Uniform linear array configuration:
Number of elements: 32
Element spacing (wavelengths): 0.25
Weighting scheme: cosine
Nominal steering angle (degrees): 30
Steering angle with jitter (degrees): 28.965
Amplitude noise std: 0.05
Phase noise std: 0.05

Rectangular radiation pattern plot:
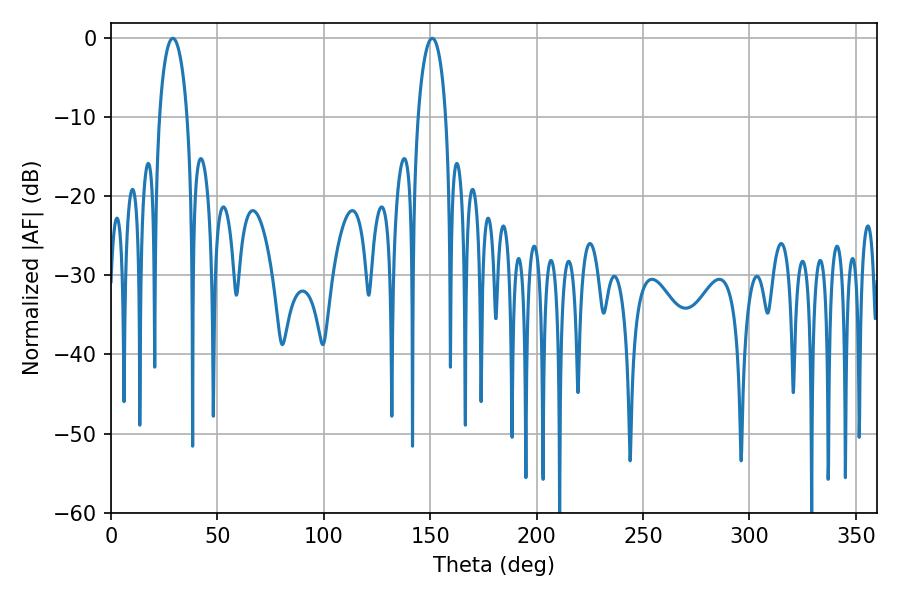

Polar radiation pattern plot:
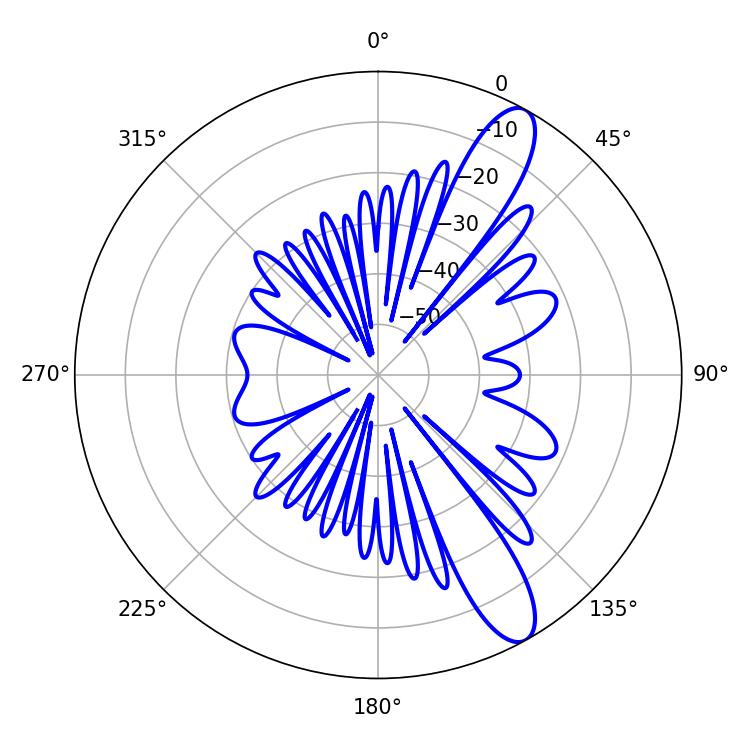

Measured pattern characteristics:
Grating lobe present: FALSE
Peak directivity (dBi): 11.558
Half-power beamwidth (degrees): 7.56
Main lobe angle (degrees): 28.98